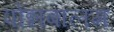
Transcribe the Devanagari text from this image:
पोन्नबालम